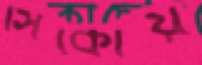
সিকোয়